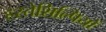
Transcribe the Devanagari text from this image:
हस्तेशिल्पियों